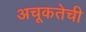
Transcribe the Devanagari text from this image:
अचूकतेची